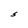
Character: S